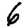
Digit: 6